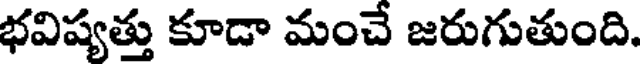
భవిష్యత్తు కూడా మంచే జరుగుతుంది.